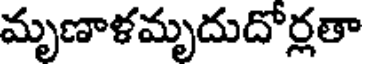
మృణాళమృదుదోర్లతా